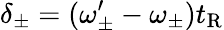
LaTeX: \delta_{\pm}=(\omega_{\pm}^{\prime}-\omega_{\pm})t_{\mathrm{R}}